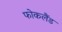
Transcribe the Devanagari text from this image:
फोकलैंड